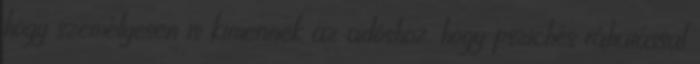
hogy személyesen is kimennek az adóshoz, hogy pszichés ráhatással